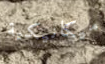
ميكانيكية